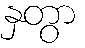
နှတွာ